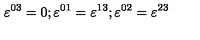
\varepsilon ^ { 0 3 } = 0 ; \varepsilon ^ { 0 1 } = \varepsilon ^ { 1 3 } ; \varepsilon ^ { 0 2 } = \varepsilon ^ { 2 3 }